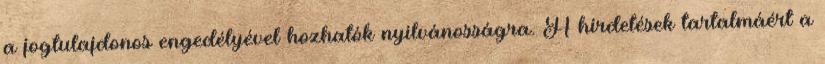
a jogtulajdonos engedélyével hozhatók nyilvánosságra. A hirdetések tartalmáért a